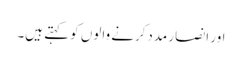
اور انصار مددکرنے والوں کو کہتے ہیں۔